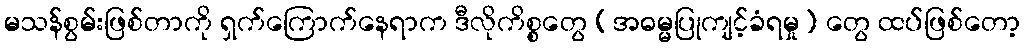
မသန်စွမ်းဖြစ်တာကို ရှက်ကြောက်နေရာက ဒီလိုကိစ္စတွေ (အဓမ္မပြုကျင့်ခံရမှု) တွေ ထပ်ဖြစ်တော့